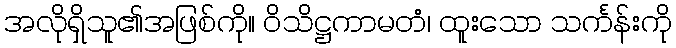
အလိုရှိသူ၏အဖြစ်ကို။ ဝိသိဋ္ဌကာမတံ၊ ထူးသော သင်္ကန်းကို